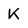
Character: K